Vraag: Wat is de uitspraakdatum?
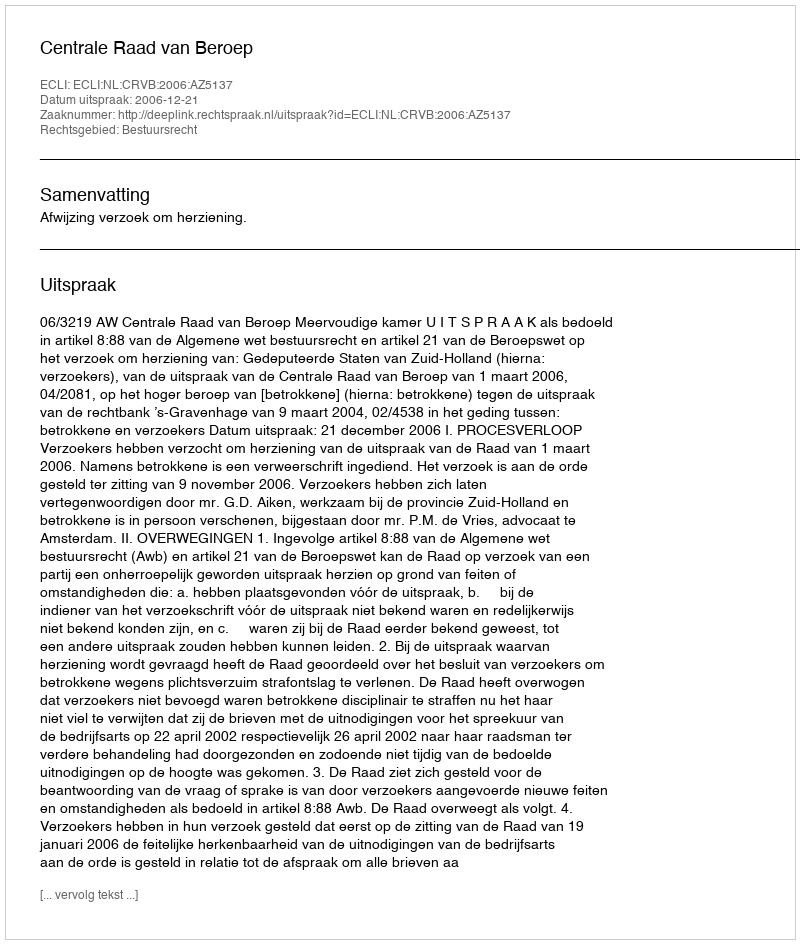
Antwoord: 2006-12-21